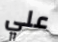
علي